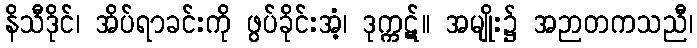
နိသီဒိုင်၊ အိပ်ရာခင်းကို ဖွပ်ခိုင်းအံ့၊ ဒုက္ကဋ်။ အမျိုး၌ အဉာတကသညီ၊